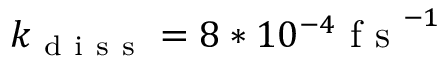
k _ { \mathrm { ~ d ~ i ~ s ~ s ~ } } = 8 * 1 0 ^ { - 4 } \mathrm { ~ f ~ s ~ } ^ { - 1 }